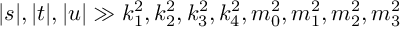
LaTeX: | s | , | t | , | u | \gg k _ { 1 } ^ { 2 } , k _ { 2 } ^ { 2 } , k _ { 3 } ^ { 2 } , k _ { 4 } ^ { 2 } , m _ { 0 } ^ { 2 } , m _ { 1 } ^ { 2 } , m _ { 2 } ^ { 2 } , m _ { 3 } ^ { 2 }